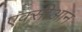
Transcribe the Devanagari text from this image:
एक्सीआन